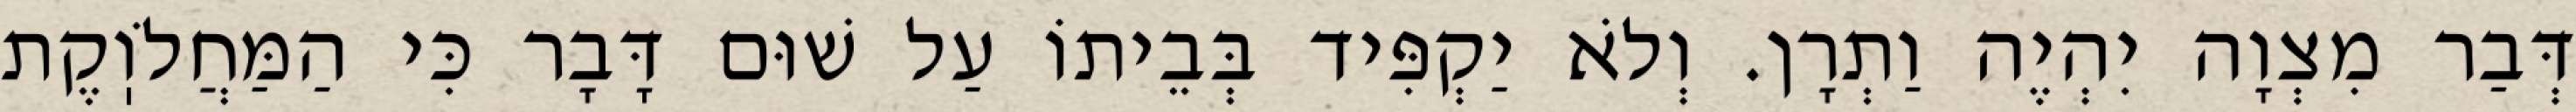
דְּבַר מִצְוָה יִהְיֶה וַתְרָן. וְלֹא יַקְפִּיד בְּבֵיתוֹ עַל שׁוּם דָּבָר כִּי הַמַּחֲלֹוֽקֶת